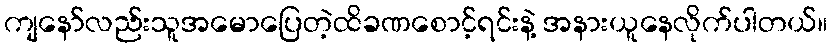
ကျနော်လည်းသူအမောပြေတဲ့ထိခဏစောင့်ရင်းနဲ့ အနားယူနေလိုက်ပါတယ်။